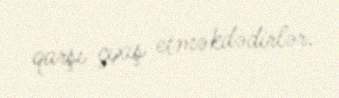
qarşı çıxış etməkdədirlər.